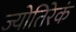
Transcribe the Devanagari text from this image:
ज्योतिरेकं